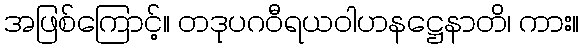
အဖြစ်ကြောင့်။ တဒုပဂဝီရယဝါဟနဋ္ဌေနာတိ၊ ကား။